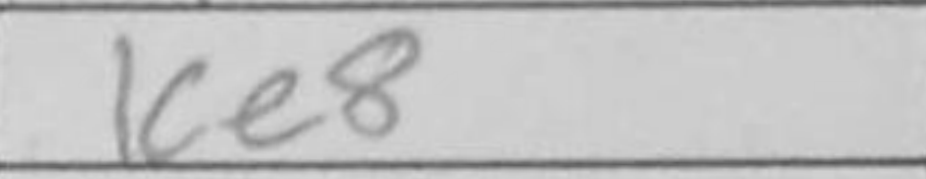
Transcription: Ke8